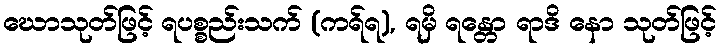
ဃောသုတ်ဖြင့် ရပစ္စည်းသက် (ကရ်ရ), ရမှိ ရန္တော ရာဒိ နော သုတ်ဖြင့်